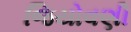
જિયોવણી